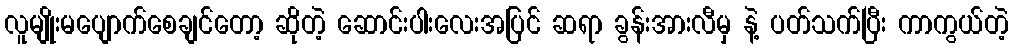
လူမျိုးမပျောက်စေချင်တော့ ဆိုတဲ့ ဆောင်းပါးလေးအပြင် ဆရာ ခွန်းအားလီမှ နဲ့ ပတ်သက်ပြီး ကာကွယ်တဲ့